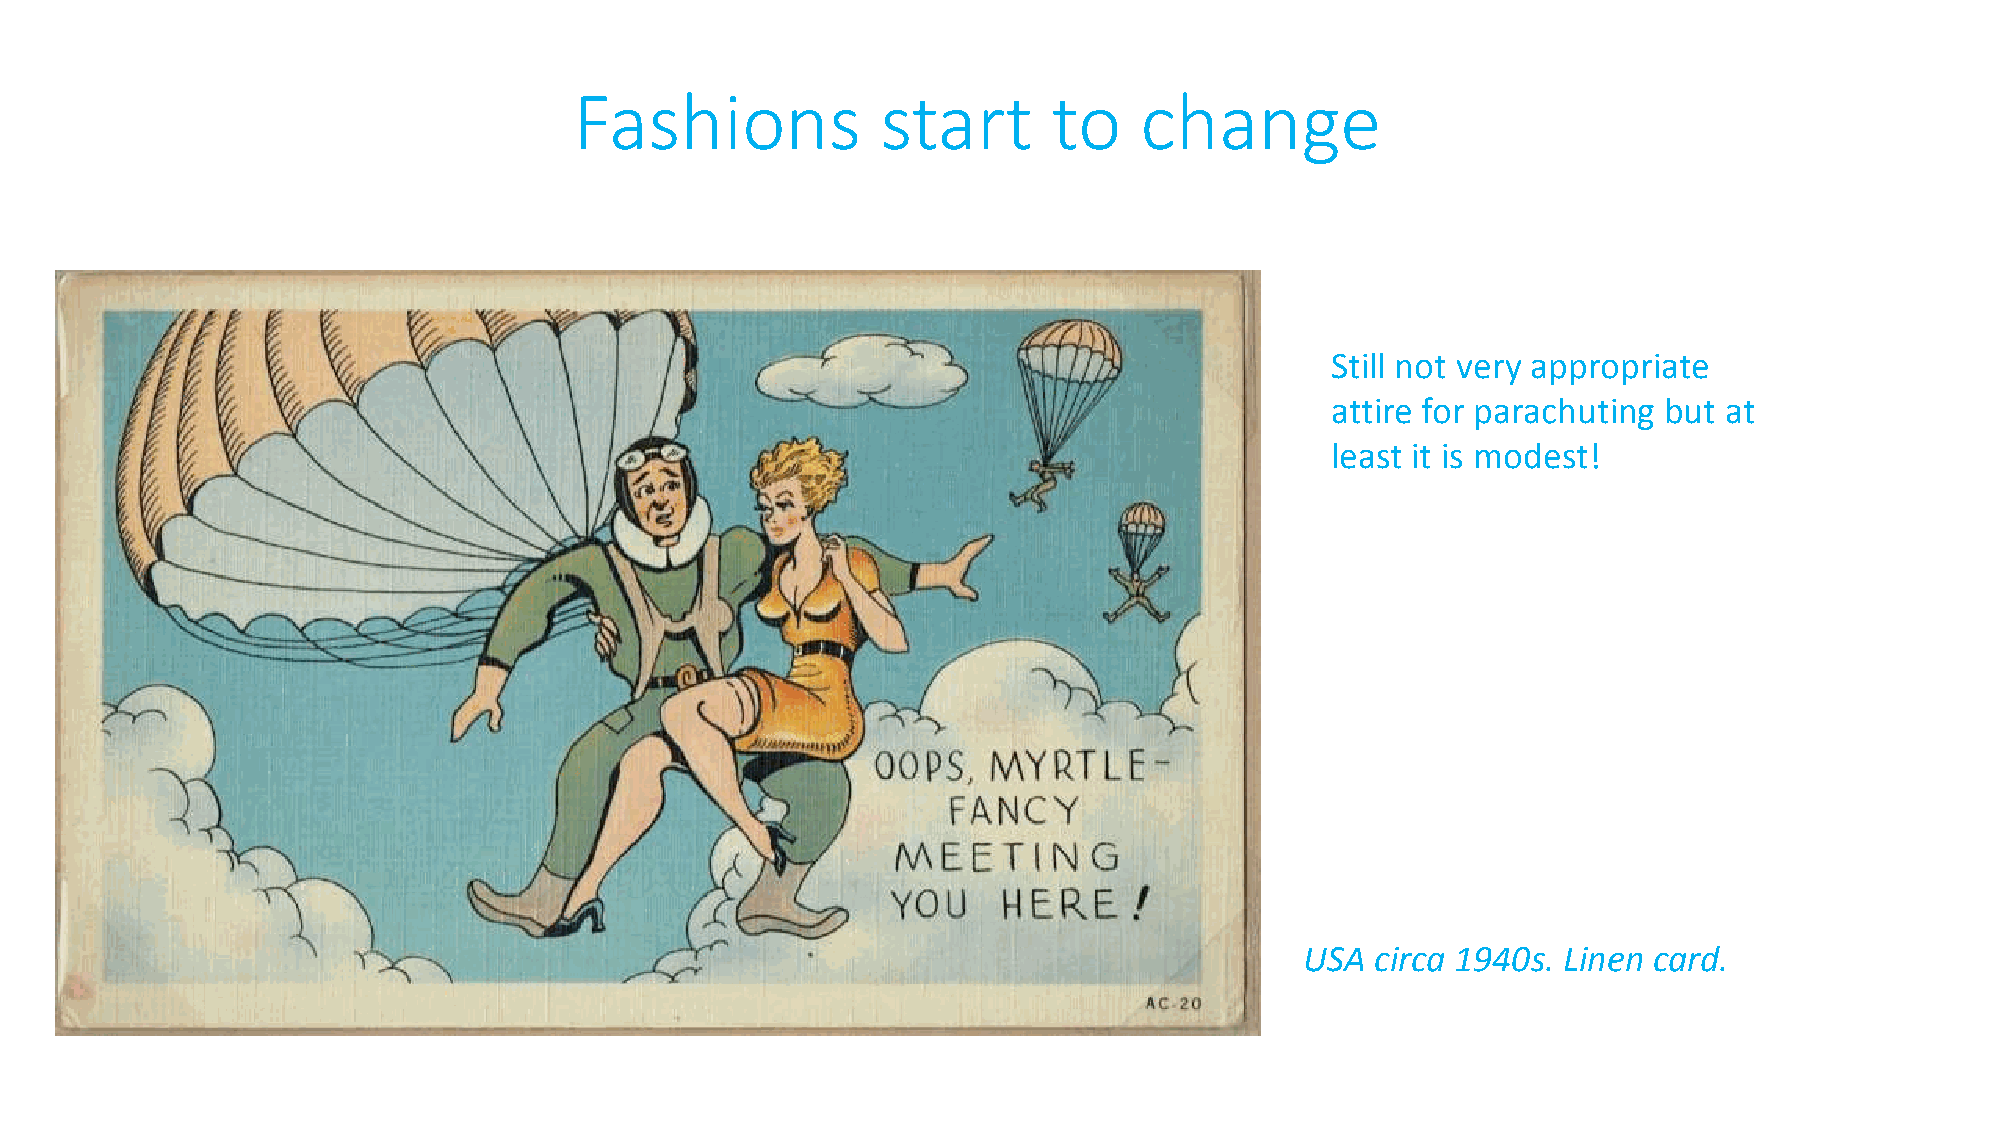
Fashions            start       to   change
 Still not very appropriate
 attire for parachuting but at
 least it is modest!
 USA  circa 1940s. Linen card.